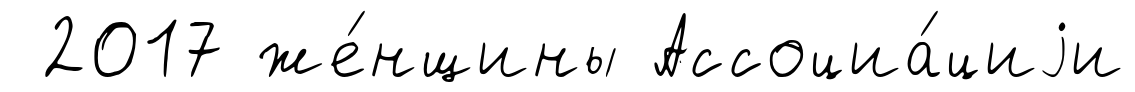
2017 же́нщины Ассоциа́циjи